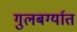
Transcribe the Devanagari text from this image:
गुलबर्ग्यात